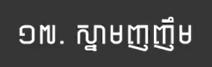
១៧. ស្មាមញញឹម